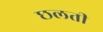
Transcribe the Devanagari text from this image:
छलती